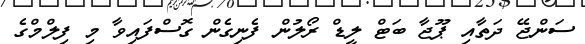
ސަންޖޭ ދަތާއި ޕޫޖާ ބަޓް ލީޑް ރޯލުން ފެނިގެން ގޮސްފައިވާ މި ފިލްމްގެ